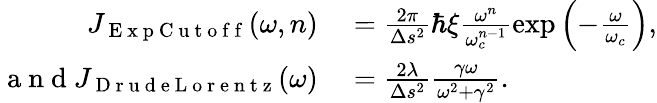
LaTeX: \begin{array}{rl}{J_{\mathrm{~E~x~p~C~u~t~o~f~f~}}(\omega,n)}&{{}=\frac{2\pi}{\Delta s^{2}}\hbar\xi\frac{\omega^{n}}{\omega_{c}^{n-1}}\exp\left(-\frac{\omega}{\omega_{c}}\right),}\\ {\mathrm{~a~n~d~}J_{\mathrm{~D~r~u~d~e~L~o~r~e~n~t~z~}}(\omega)}&{{}=\frac{2\lambda}{\Delta s^{2}}\frac{\gamma\omega}{\omega^{2}+\gamma^{2}}.}\end{array}